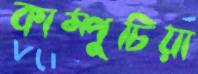
কাম্পুচিয়া